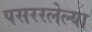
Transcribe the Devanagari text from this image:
पसररलेल्या